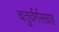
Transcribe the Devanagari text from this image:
चतुर्वर्गसग्रह